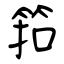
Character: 筘